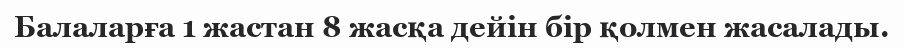
Балаларға 1 жастан 8 жасқа дейін бір қолмен жасалады.